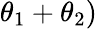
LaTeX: \theta_{1}+\theta_{2})